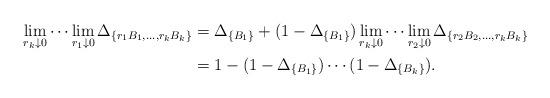
LaTeX: \begin{align*}\lim_{r_k \downarrow 0} \cdots \lim_{r_1 \downarrow 0} \Delta_{\{r_1B_1, \ldots, r_kB_k\}}&= \Delta_{\{B_1\}} + (1-\Delta_{\{B_1\}}) \lim_{r_k \downarrow 0} \cdots \lim_{r_2 \downarrow 0} \Delta_{\{r_2B_2, \ldots, r_kB_k\}} \\&= 1 -(1 - \Delta_{\{B_1\}}) \cdots (1 - \Delta_{\{B_k\}}).\end{align*}